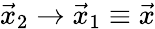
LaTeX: \vec{x}_{2}\rightarrow\vec{x}_{1}\equiv\vec{x}